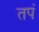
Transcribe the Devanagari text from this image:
तपं